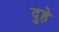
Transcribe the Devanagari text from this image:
दुहे